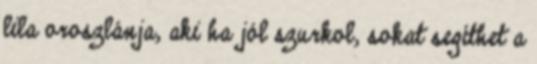
lila oroszlánja, aki ha jól szurkol, sokat segíthet a